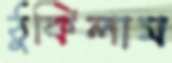
ঠুকিলাম